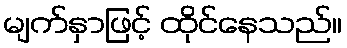
မျက်နှာဖြင့် ထိုင်နေသည်။